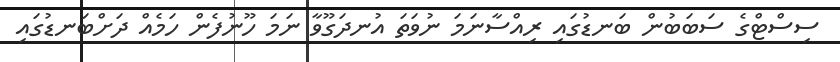
ސިސްޓްގެ ސަބަބުން ބަނޑުގައި ރިއްސާނަމަ ނުވަތަ އުނދަގޫވާ ނަމަ ހޫނުފެން ހަމެއް ދަށްބަނޑުގައި